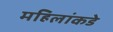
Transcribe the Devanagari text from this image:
महिलांकडे